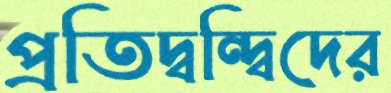
প্রতিদ্বন্দ্বিদের